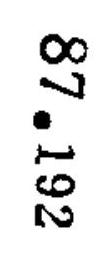
87.192